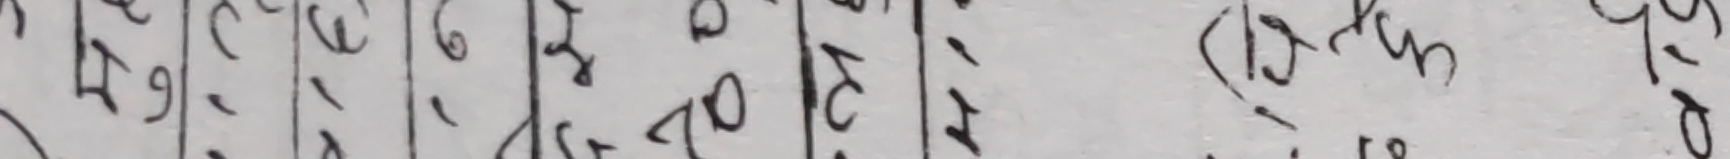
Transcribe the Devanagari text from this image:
६९, ३१, ८, रु. ३१, (उत्तर) ५७०